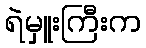
ရဲမှူးကြီးက